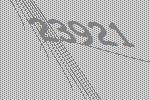
23921